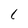
Character: 1